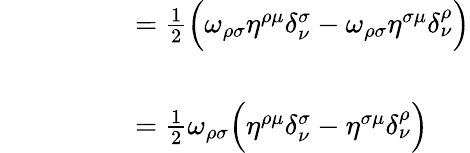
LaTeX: \begin{array}{rl}{\phantom{\omega_{\rho\sigma}\eta^{\rho\mu}\delta_{\nu}^{\sigma}}}&{=\frac{1}{2}\Big(\omega_{\rho\sigma}\eta^{\rho\mu}\delta_{\nu}^{\sigma}-\omega_{\rho\sigma}\eta^{\sigma\mu}\delta_{\nu}^{\rho}\Big)}\\ &{}\\ &{=\frac{1}{2}\omega_{\rho\sigma}\Big(\eta^{\rho\mu}\delta_{\nu}^{\sigma}-\eta^{\sigma\mu}\delta_{\nu}^{\rho}\Big)}\end{array}